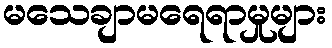
မသေချာမရေရာမှုများ